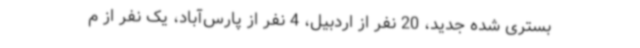
بستری شده جدید، 20 نفر از اردبیل، 4 نفر از پارس‌آباد، یک نفر از م